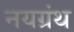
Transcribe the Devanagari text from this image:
नयग्रंथ